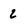
Character: 2